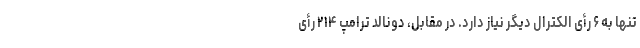
تنها به ۶ رأی الکترال دیگر نیاز دارد. در مقابل، دونالد ترامپ ۲۱۴ رأی